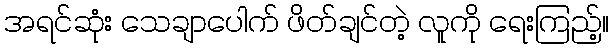
အရင်ဆုံး သေချာပေါက် ဖိတ်ချင်တဲ့ လူကို ရေးကြည့်။